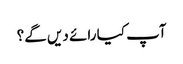
آپ کیا رائے دیں گے؟